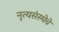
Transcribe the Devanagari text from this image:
नृत्यसंस्थेचे